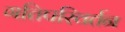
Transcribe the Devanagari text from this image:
गतिपरिवर्तन